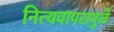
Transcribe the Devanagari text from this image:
नित्यवापरामुळे